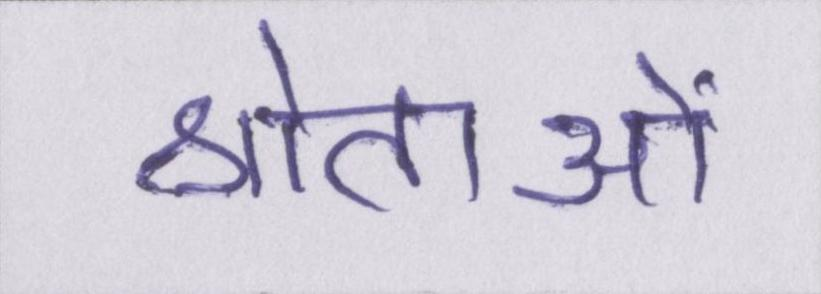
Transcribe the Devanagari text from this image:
श्रोताओं